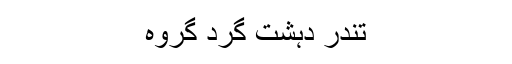
تندر دہشت گرد گروہ